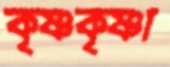
কৃষ্ণকৃষ্ণা